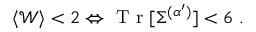
\begin{array} { r } { \langle \mathcal { W } \rangle < 2 \Leftrightarrow \mathrm { ~ T ~ r ~ } [ \Sigma ^ { ( \alpha ^ { \prime } ) } ] < 6 \; . } \end{array}